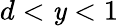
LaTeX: d<\mathit{y}<1